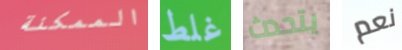
الممكنة غلط يتحدث نعم